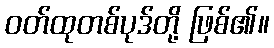
ဝတ်ထုတစ်ပုဒ်တို့ ဖြစ်၏။